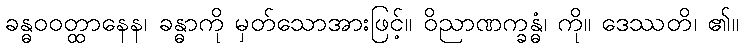
ခန္ဓဝဝတ္ထာနေန၊ ခန္ဓာကို မှတ်သောအားဖြင့်။ ဝိညာဏက္ခန္ဓံ၊ ကို။ ဒေဿတိ၊ ၏။